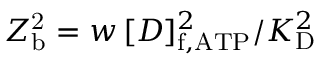
Z _ { \mathrm { b } } ^ { \mathrm { 2 } } = w \, [ D ] _ { \mathrm { f , A T P } } ^ { 2 } / K _ { \mathrm { D } } ^ { 2 }